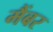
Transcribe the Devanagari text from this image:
मैंबर